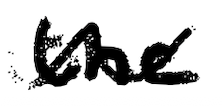
Text: the
Cross-out: wave
Writing tool: digital_black